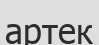
артек